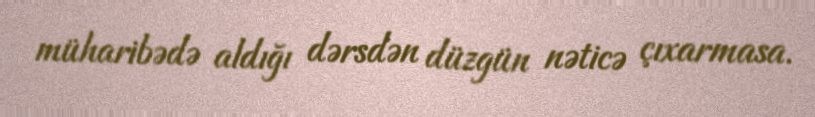
müharibədə aldığı dərsdən düzgün nəticə çıxarmasa.